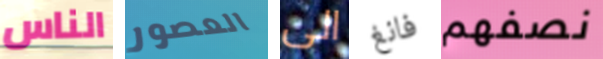
الناس العصور الى فانغ نصفهم